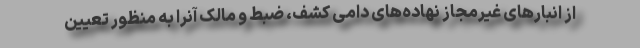
از انبارهای غیرمجاز نهاده‌های دامی کشف، ضبط و مالک آنرا به منظور تعیین